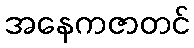
အနေကဇာတင်